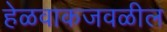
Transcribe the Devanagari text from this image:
हेळवाकजवळील